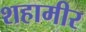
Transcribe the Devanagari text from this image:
शहामीर